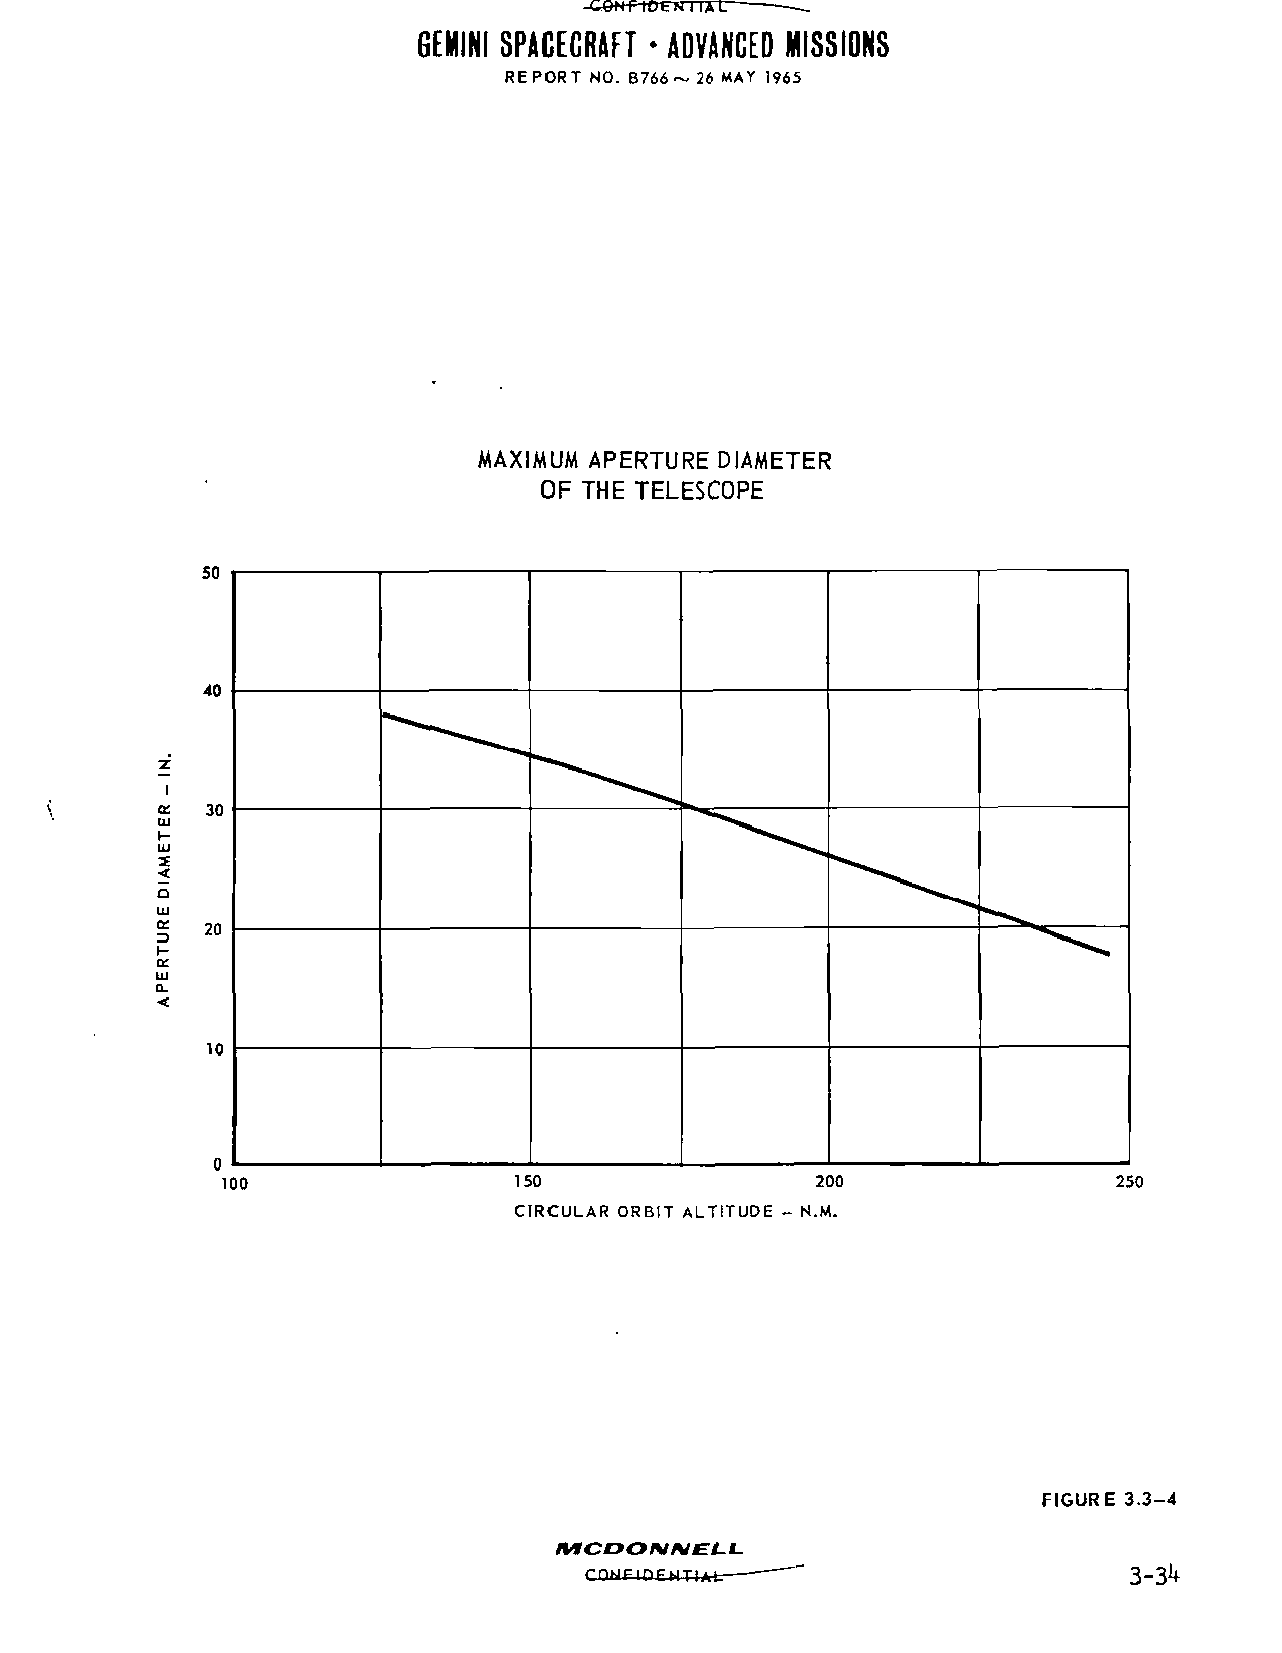
-COf+PtOFNTTXtr
 GEMINI SPACECRAFT * ADVANCED MISSIONS
 RE PORT NO. B766 ~ 26 MAY 1965
 MAXIMUM APERTURE DIAMETER
 OF THE TELESCOPE
 100                150                 200                 250
 CIRCULAR ORBIT ALTITUDE - N.M.
 FIGURE 3.3-4
 CONFIOEMT4V                         3-3^